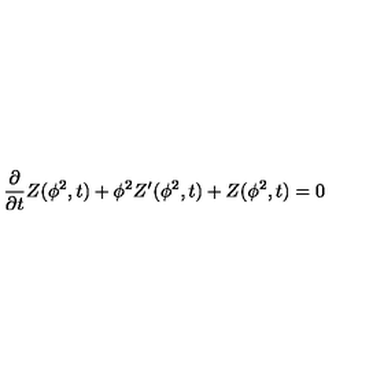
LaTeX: \frac { \partial } { \partial t } Z ( \phi ^ { 2 } , t ) + \phi ^ { 2 } Z ^ { \prime } ( \phi ^ { 2 } , t ) + Z ( \phi ^ { 2 } , t ) = 0